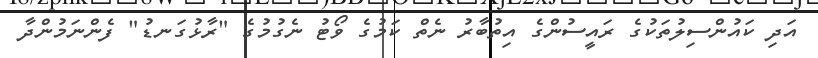
އަދި ކައުންސިލުތަކުގެ ރައީސުންގެ އިތުބާރު ނެތް ކަމުގެ ވޯޓު ނެގުމުގެ "ރާޅުގަނޑު" ފެންނަމުންދާ